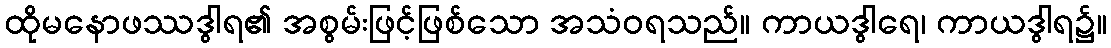
ထိုမနောဖဿဒွါရ၏ အစွမ်းဖြင့်ဖြစ်သော အသံဝရသည်။ ကာယဒွါရေ၊ ကာယဒွါရ၌။